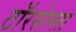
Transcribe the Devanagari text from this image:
टॉरसेल्ला